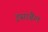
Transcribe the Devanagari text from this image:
इसाबैल